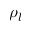
\rho _ { l }